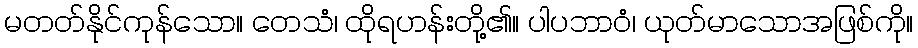
မတတ်နိုင်ကုန်သော။ တေသံ၊ ထိုရဟန်းတို့၏။ ပါပဘာဝံ၊ ယုတ်မာသောအဖြစ်ကို။